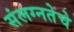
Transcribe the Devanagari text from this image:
संलग्नतेचे